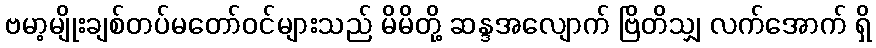
ဗမာ့မျိုးချစ်တပ်မတော်ဝင်များသည် မိမိတို့ ဆန္ဒအလျောက် ဗြိတိသျှ လက်အောက် ရှိ